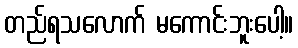
တည်ရသလောက် မကောင်းဘူးပေါ့။